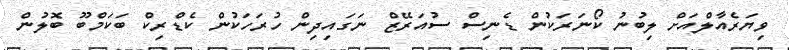
ވިޔަރެއާލްއަށް ލިބުނު ކޯނަރަކުން ޑެނިސް ސުއަރޭޒް ނަގައިދިން ހުރަހަކުން ކެޑްރިކް ބަކަމްބޫ ބޮލުން